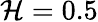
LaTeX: \mathcal{H}=0.5